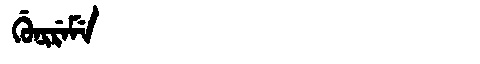
Manchu: ᡤᡠᠨᡳᡵᡝᠮᡝ
Romanization: GUNIREME